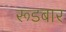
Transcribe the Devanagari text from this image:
रूडबार